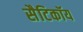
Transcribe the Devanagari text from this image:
सैटिकॉय